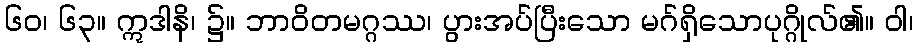
၆၀၊ ၆၃။ ဣဒါနိ၊ ၌။ ဘာဝိတမဂ္ဂဿ၊ ပွားအပ်ပြီးသော မဂ်ရှိသောပုဂ္ဂိုလ်၏။ ဝါ၊